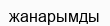
жанарымды